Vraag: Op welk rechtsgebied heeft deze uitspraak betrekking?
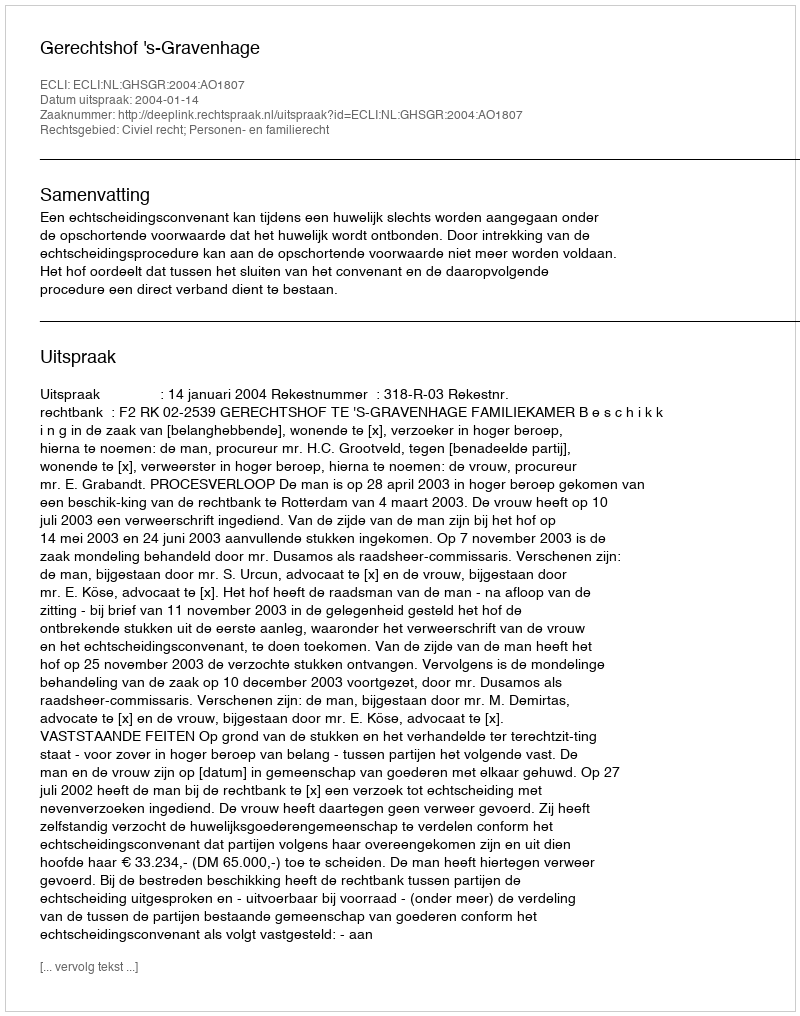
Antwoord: Civiel recht; Personen- en familierecht